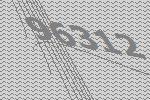
96312